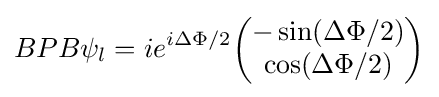
BPB\psi _{l}=ie^{i\Delta \Phi /2}{\begin{pmatrix}-\sin(\Delta \Phi /2)\\\cos(\Delta \Phi /2)\end{pmatrix}}